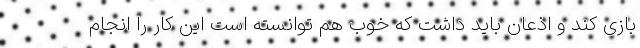
بازی کند و اذعان باید داشت که خوب هم توانسته است این کار را انجام